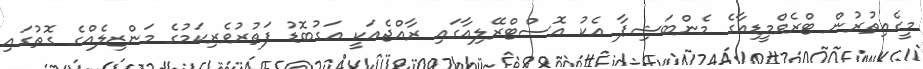
މީގެއިތުރުން ޓްރެވްމީޑިއާގެ މެންބަޝިޕާ އެކު އޮސްޓްރޭލިއާގައި ރާއްޖެއަކީ އަގުބޮޑު ފަތުރުވެރިކަމުގެ މަންޒިލެއްގެ ގޮތުގައި